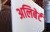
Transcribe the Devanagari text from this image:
अलिबेर्ट